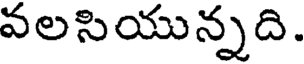
వలసియున్నది.